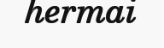
hermai